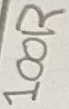
Text: 100R